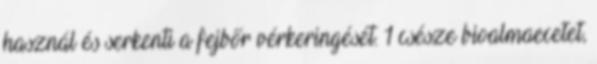
használ és serkenti a fejbőr vérkeringését. 1 csésze bioalmaecetet,